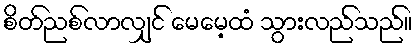
စိတ်ညစ်လာလျှင် မေမေ့ထံ သွားလည်သည်။